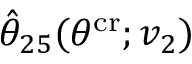
\hat { \theta } _ { 2 5 } ( \theta ^ { \mathrm { c r } } ; v _ { 2 } )